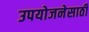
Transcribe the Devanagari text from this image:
उपयोजनेसाठी